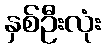
နှစ်ဦးလုံး